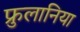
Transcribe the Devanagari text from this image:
फ्रुलानिया